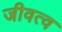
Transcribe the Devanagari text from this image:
जीवत्व